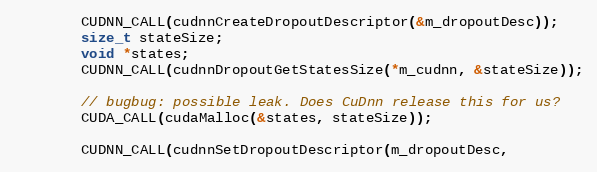
Language: C
        CUDNN_CALL(cudnnCreateDropoutDescriptor(&m_dropoutDesc));
        size_t stateSize;
        void *states;
        CUDNN_CALL(cudnnDropoutGetStatesSize(*m_cudnn, &stateSize));

        // bugbug: possible leak. Does CuDnn release this for us?
        CUDA_CALL(cudaMalloc(&states, stateSize));

        CUDNN_CALL(cudnnSetDropoutDescriptor(m_dropoutDesc,